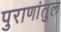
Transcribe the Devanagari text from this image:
पुराणांतुल